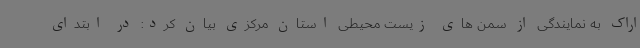
اراک به نمایندگی از سمن های زیست محیطی استان مرکزی بیان کرد: در ابتدای